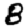
Digit: 8